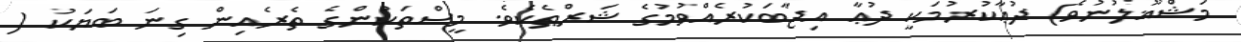
މަޝްޣޫލުނުވެ) ދުޢާކުރުމަކީ ދުޢާ އިޖާބަކުރެއްވުމުގެ ޝަރްޠެކެވެ. މީސްތަކުންގެ ތެރެއިން ގިނަ ބަޔަކު (